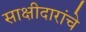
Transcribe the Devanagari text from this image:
साक्षीदारांचे